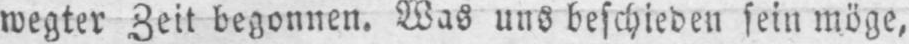
wegter Zeit begonnen. Was uns beschieden sein möge,